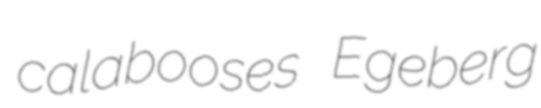
calabooses Egeberg